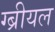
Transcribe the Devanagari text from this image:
ग्ब्रीयल